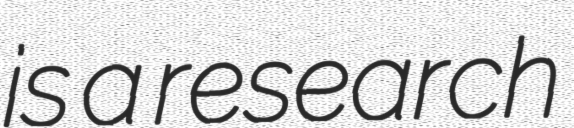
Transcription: is a research